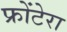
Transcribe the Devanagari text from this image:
फ्रोंटेरा